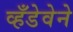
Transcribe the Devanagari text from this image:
व्हँडेवेने